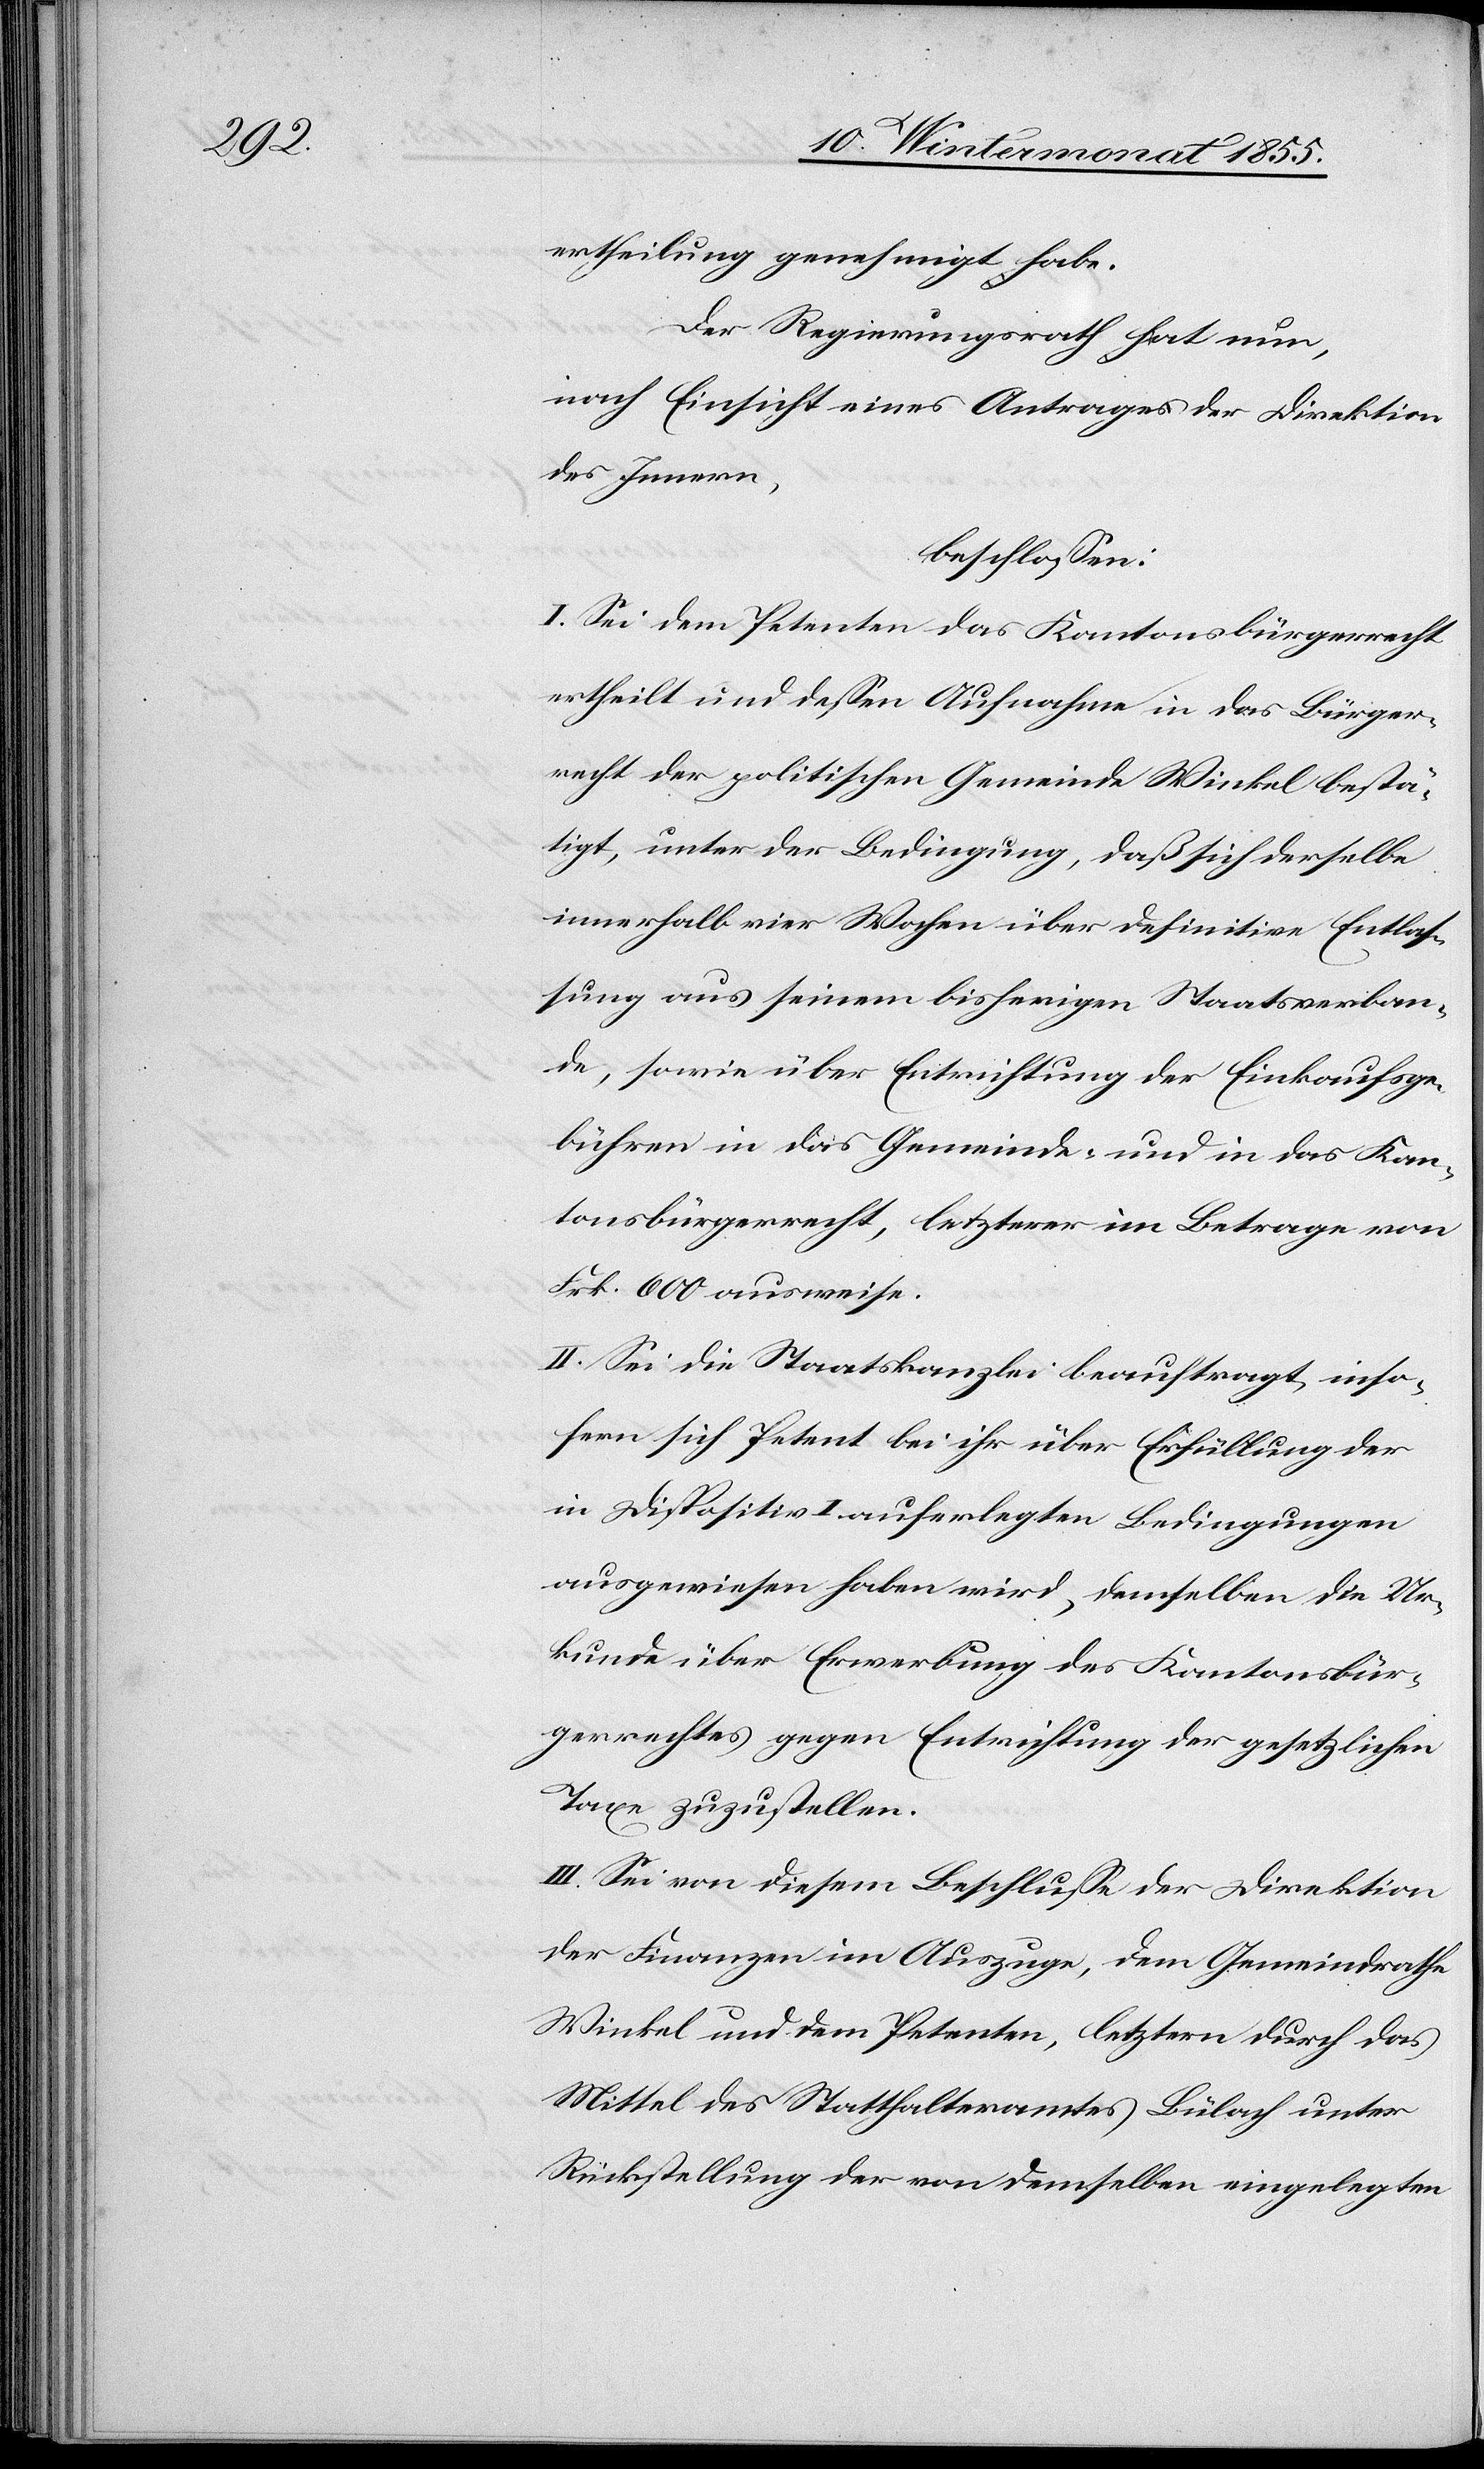
ertheilung genehmigt habe.
Der Regierungsrath hat nun,
nach Einsicht eines Antrages der Direktion
des Innern,
beschlossen:
I. Sei dem Petenten das Kantonsbürgerrecht
ertheilt und dessen Aufnahme in das Bürger¬
recht der politischen Gemeinde Winkel bestä¬
tigt, unter der Bedingung, daß sich derselbe
innerhalb vier Wochen über definitive Entlas¬
sung aus seinem bisherigen Staatsverban¬
de, sowie über Entrichtung der Einkaufsge¬
bühren in das Gemeinde- und in das Kan¬
tonsbürgerrecht, letzterer im Betrage von
Frk. 600 ausweise.
II. Sei die Staatskanzlei beauftragt, inso¬
fern sich Petent bei ihr über Erfüllung der
in Dispositiv I auferlegten Bedingungen
ausgewiesen haben wird, demselben die Ur¬
kunde über Erwerbung des Kantonsbür¬
gerrechtes gegen Entrichtung der gesetzlichen
Taxe zuzustellen.
III. Sei von diesem Beschlusse der Direktion
der Finanzen im Auszuge, dem Gemeindrathe
Winkel und dem Petenten, letztern durch das
Mittel des Statthalteramtes Bülach unter
Rückstellung der von demselben eingelegten